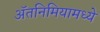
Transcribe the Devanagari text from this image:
ॲतनिमियामध्ये